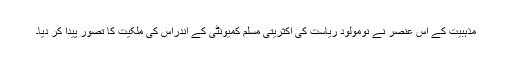
مذہبیت کے اس عنصر نے نومولود ریاست کی اکثریتی مسلم کمیونٹی کے اندراس کی ملکیت کا تصور پیدا کر دیا۔